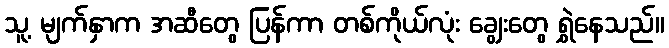
သူ့ မျက်နှာက အဆီတွေ ပြန်ကာ တစ်ကိုယ်လုံး ချွေးတွေ ရွှဲနေသည်။